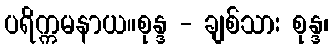
ပရိက္ကမနာယ။စုန္ဒ - ချစ်သား စုန္ဒ၊